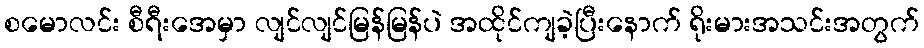
စမောလင်း စီရီးအေမှာ လျင်လျင်မြန်မြန်ပဲ အထိုင်ကျခဲ့ပြီးနောက် ရိုးမားအသင်းအတွက်